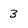
Character: 3